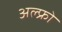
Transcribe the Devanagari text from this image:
अल्फ्रो